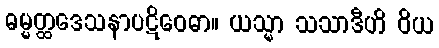
ဓမ္မတ္ထဒေသနာပဋိဝေဓာ။ ယသ္မာ သသာဒီဟိ ဝိယ